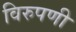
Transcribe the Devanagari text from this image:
विरुपणी